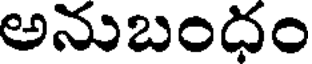
అనుబందం